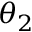
\theta _ { 2 }